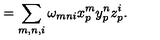
= \sum _ { m , n , i } \omega _ { m n i } x _ { p } ^ { m } y _ { p } ^ { n } z _ { p } ^ { i } .